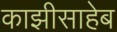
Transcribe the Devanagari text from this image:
काझीसाहेब